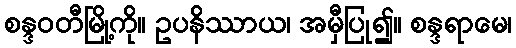
စန္ဒဝတီမြို့ကို။ ဥပနိဿာယ၊ အမှီပြု၍။ စန္ဒရာမေ၊